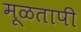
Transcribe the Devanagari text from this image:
मूळतापी